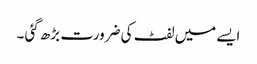
ایسے میں لفٹ کی ضرورت بڑھ گئی ۔